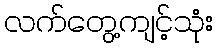
လက်တွေ့ကျင့်သုံး